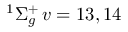
^ 1 \Sigma _ { g } ^ { + } \, v = 1 3 , 1 4